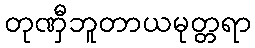
တုဏှီဘူတာယမုတ္တရာ